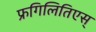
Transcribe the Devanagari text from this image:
फ्रगिलितिएस्